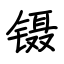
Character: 镊